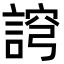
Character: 䛪